Indian journal of veterinary science and animal husbandry - Volumes 26-27, 1956-1957
Year: 1956
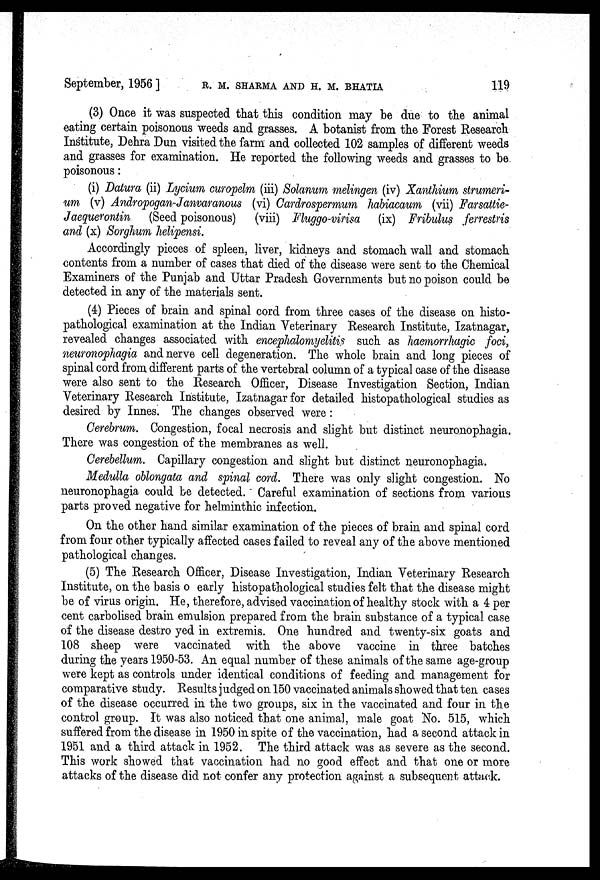
September, 1956 ] R. M. SHARMA AND H. M. BHATIA 119
(3) Once it was suspected that this condition may be due to the animal
eating certain poisonous weeds and grasses. A botanist from the Forest Research
Institute, Dehra Dun visited the farm and collected 102 samples of different weeds
and grasses for examination. He reported the following weeds and grasses to be
poisonous:
(i) Datura (ii) Lycium curopelm (iii) Solanum melingen (iv) Xanthium strumeri-
um (v) Andropogan-Janvaranous (vi) Cardrospermum habiacaum (vii) Farsattie-
Jaequerontin (Seed poisonous) (viii) Fluggo-virisa (ix) Fribulus ferrestris
and (x) Sorghum helipensi.
Accordingly pieces of spleen, liver, kidneys and stomach wall and stomach
contents from a number of cases that died of the disease were sent to the Chemical
Examiners of the Punjab and Uttar Pradesh Governments but no poison could be
detected in any of the materials sent.
(4) Pieces of brain and spinal cord from three cases of the disease on histo-
pathological examination at the Indian Veterinary Research Institute, Izatnagar,
revealed changes associated with encephalomyelitis such as haemorrhagic foci,
neuronophagia and nerve cell degeneration. The whole brain and long pieces of
spinal cord from different parts of the vertebral column of a typical case of the disease
were also sent to the Research Officer, Disease Investigation Section, Indian
Veterinary Research Institute, Izatnagar for detailed histopathological studies as
desired by Innes. The changes observed were :
Cerebrum. Congestion, focal necrosis and slight but distinct neuronophagia.
There was congestion of the membranes as well.
Cerebellum. Capillary congestion and slight but distinct neuronophagia.
Medulla oblongata and spinal cord. There was only slight congestion. No
neuronophagia could be detected. Careful examination of sections from various
parts proved negative for helminthic infection.
On the other hand similar examination of the pieces of brain and spinal cord
from four other typically affected cases failed to reveal any of the above mentioned
pathological changes.
(5) The Research Officer, Disease Investigation, Indian Veterinary Research
Institute, on the basis o early histopathological studies felt that the disease might
be of virus origin. He, therefore, advised vaccination of healthy stock with a 4 per
cent carbolised brain emulsion prepared from the brain substance of a typical case
of the disease destro yed in extremis. One hundred and twenty-six goats and
108 sheep were vaccinated with the above vaccine in three batches
during the years 1950-53. An equal number of these animals of the same age-group
were kept as controls under identical conditions of feeding and management for
comparative study. Results judged on 150 vaccinated animals showed that ten cases
of the disease occurred in the two groups, six in the vaccinated and four in the
control group. It was also noticed that one animal, male goat No. 515, which
suffered from the disease in 1950 in spite of the vaccination, had a second attack in
1951 and a third attack in 1952. The third attack was as severe as the second.
This work showed that vaccination had no good effect and that one or more
attacks of the disease did not confer any protection against a subsequent attack.